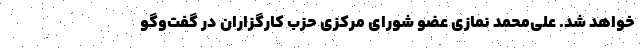
خواهد شد. علی‌محمد نمازی عضو شورای مرکزی حزب کارگزاران در گفت‌وگو